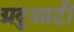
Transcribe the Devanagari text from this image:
ग्रदुआटीं